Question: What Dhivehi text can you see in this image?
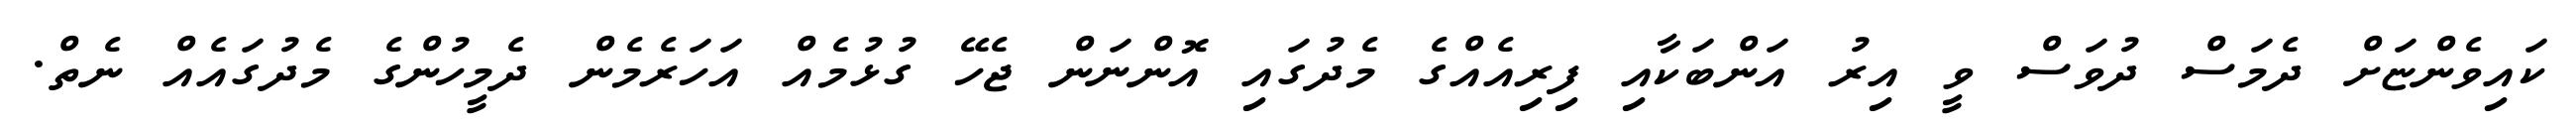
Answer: ކައިވެންޏަށް ދެމަސް ދުވަސް ވީ އިރު އަންބަކާއި ފިރިއެއްގެ މެދުގައި އޮންނަން ޖެހޭ ގުޅުމެއް އަހަރެމެން ދެމީހުންގެ މެދުގައެއް ނެތް.